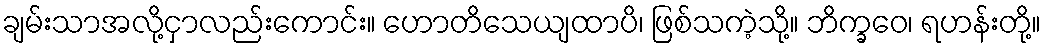
ချမ်းသာအလို့ငှာလည်းကောင်း။ ဟောတိသေယျထာပိ၊ ဖြစ်သကဲ့သို့။ ဘိက္ခဝေ၊ ရဟန်းတို့။